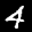
Label: 4